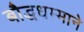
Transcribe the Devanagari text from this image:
बौद्धधम्माने